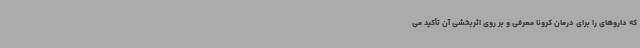
که داروهای را برای درمان کرونا معرفی و بر روی اثربخشی آن تأکید می